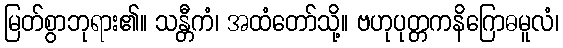
မြတ်စွာဘုရား၏။ သန္တီကံ၊ အထံတော်သို့။ ဗဟုပုတ္တကနိဂြောဓမူလံ၊